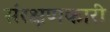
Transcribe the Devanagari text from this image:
संरक्षणकारी